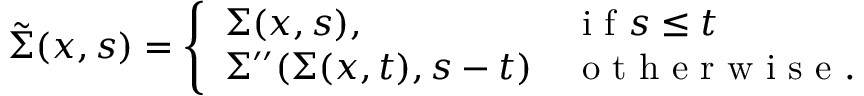
\tilde { \Sigma } ( x , s ) = \left\{ \begin{array} { l l } { \Sigma ( x , s ) , } & { \mathrm { ~ i ~ f ~ } s \leq t } \\ { \Sigma ^ { \prime \prime } ( \Sigma ( x , t ) , s - t ) } & { \mathrm { ~ o ~ t ~ h ~ e ~ r ~ w ~ i ~ s ~ e ~ } . } \end{array} \right.